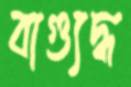
বাগ্যুদ্ধ